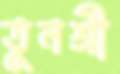
তুনশ্রী